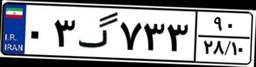
۰۳گ۷۳۳۹۰